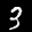
Label: 3